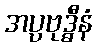
အပ္ပဗုဒ္ဓီနံ